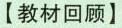
【教材回顾】